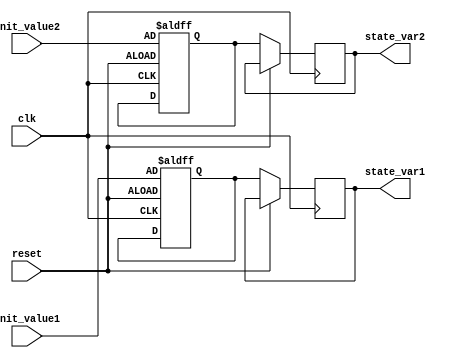
module ConfigurableInitialConditions #(
    parameter DATA_WIDTH = 8,
    parameter INIT_VALUE1 = 8'hAA,  // Default initial value for signal 1
    parameter INIT_VALUE2 = 8'h55   // Default initial value for signal 2
)(
    input wire clk,                  // Clock input
    input wire reset,                // Reset input
    input wire [DATA_WIDTH-1:0] init_value1, // User-defined initial value for signal 1
    input wire [DATA_WIDTH-1:0] init_value2, // User-defined initial value for signal 2
    output reg [DATA_WIDTH-1:0] state_var1,  // Output for signal 1
    output reg [DATA_WIDTH-1:0] state_var2   // Output for signal 2
);

    // Internal state variables
    reg [DATA_WIDTH-1:0] internal_var1;
    reg [DATA_WIDTH-1:0] internal_var2;

    // Initialization logic
    always @(posedge clk or posedge reset) begin
        if (reset) begin
            internal_var1 <= init_value1; // Reset to user-defined initial value
            internal_var2 <= init_value2; // Reset to user-defined initial value
        end else begin
            // Assign the internal variables to the output states
            state_var1 <= internal_var1;
            state_var2 <= internal_var2;
        end
    end

    // Logic to initialize state variables only once at the start of simulation
    initial begin
        internal_var1 = INIT_VALUE1;  // Initialize to default value
        internal_var2 = INIT_VALUE2;  // Initialize to default value
    end

endmodule